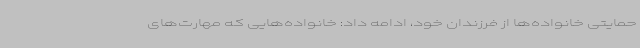
حمایتی خانواده‌ها از فرزندان خود، ادامه داد: خانواده‌هایی که مهارت‌های